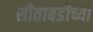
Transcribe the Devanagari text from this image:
सीताबर्डीच्या